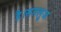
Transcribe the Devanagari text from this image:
है।सतलुज